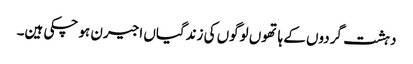
دہشت گردوں کے ہاتھوں لوگوں کی زندگیاں اجیرن ہو چکی ہین۔